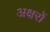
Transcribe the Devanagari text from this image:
अक्षरोें